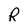
Character: R